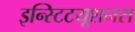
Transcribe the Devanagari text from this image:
इन्स्टिटयूशनस